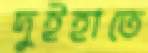
দুইহাতে